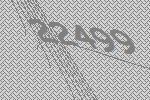
22499